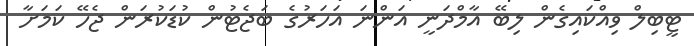
ޓީބިލް ވިއްކައިގެން ލިބޭ އާމްދަނީ އަންނަ އަހަރުގެ ބަޖެޓުން ކުޑަކުރަން ޖެހޭ ކަމަށާ